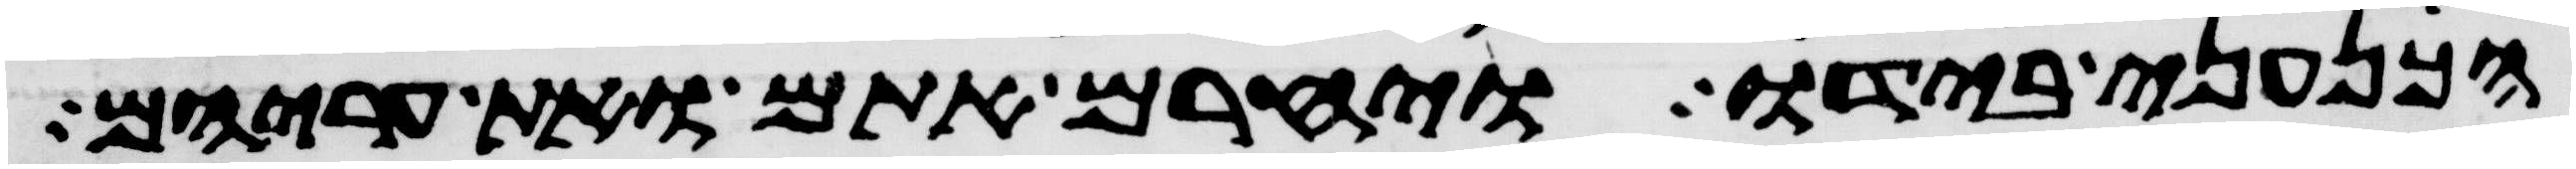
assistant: הכנעני בידו ויחרם אתם ואת עריהם